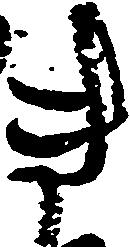
き